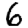
Digit: 6